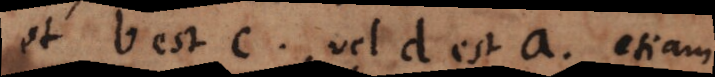
et b est c, vel d est a, etiam